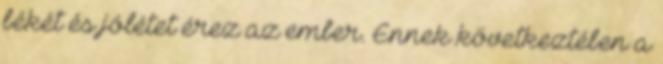
békét és jólétet érez az ember. Ennek következtében a